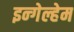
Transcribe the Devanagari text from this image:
इन्गेल्हेम